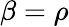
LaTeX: \beta=\rho